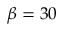
\beta = 3 0